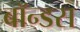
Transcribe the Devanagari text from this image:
बॉन्डस